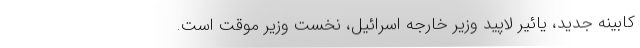
کابینه جدید، یائیر لاپید وزیر خارجه اسرائیل، نخست وزیر موقت است.